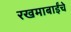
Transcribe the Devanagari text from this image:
रखमाबाईंचे